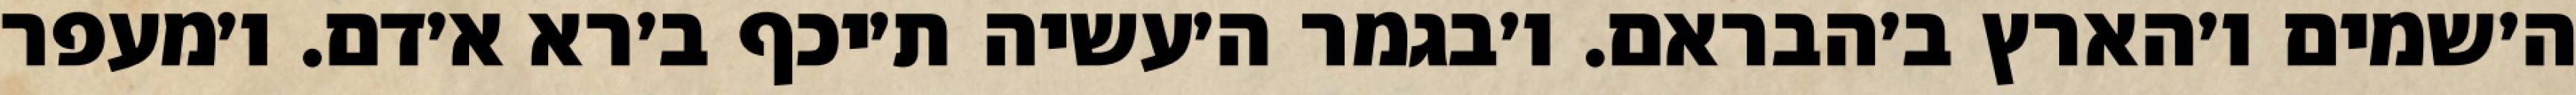
ה׳שמים ו׳הארץ ב׳הבראם. ו׳בגמר ה׳עשיה ת׳יכף ב׳רא א׳דם. ו׳מעפר